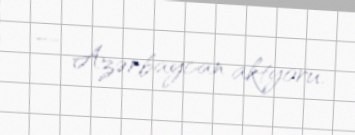
— Azərbaycan aktyoru.